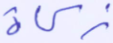
زكاة